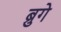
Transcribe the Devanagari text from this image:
ब्रुगे